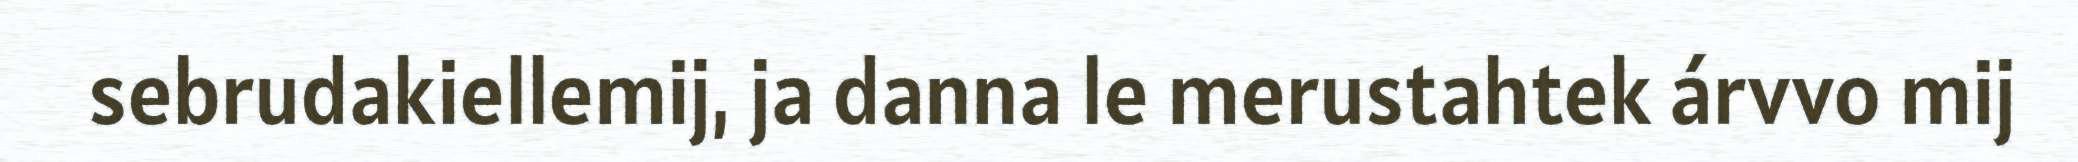
sebrudakiellemij, ja danna le merustahtek árvvo mij